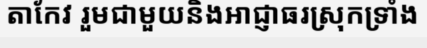
តាកែវ រួមជាមួយនិងអាជ្ញាធរស្រុកទ្រាំង